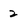
Character: 2